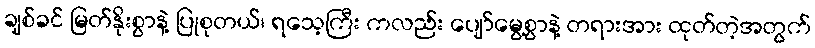
ချစ်ခင် မြတ်နိုးစွာနဲ့ ပြုစုတယ်၊ ရသေ့ကြီး ကလည်း ပျော်မွေ့စွာနဲ့ တရားအား ထုတ်တဲ့အတွက်